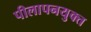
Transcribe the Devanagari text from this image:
पीलापनयुक्त